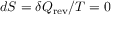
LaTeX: d S = \delta Q _ { \mathrm { r e v } } / T = 0